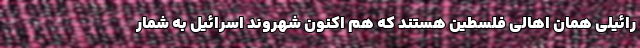
رائیلی همان اهالی فلسطین هستند که هم اکنون شهروند اسرائیل به شمار